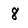
Character: 8